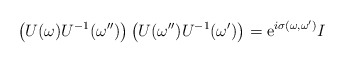
\begin{align*}\left(U(\omega) U^{-1}(\omega^{\prime\prime})\right) \left(U(\omega^{\prime\prime}) U^{-1}(\omega^\prime)\right)= \mbox{e}^{i\sigma(\omega,\omega^\prime)} I \end{align*}